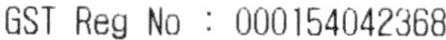
GST REG NO : 000154042368